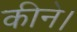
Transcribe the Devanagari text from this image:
कीने।